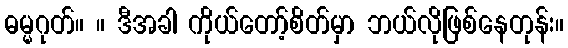
ဓမ္မဂုတ်။ ။ ဒီအခါ ကိုယ်တော့်စိတ်မှာ ဘယ်လိုဖြစ်နေတုန်း။